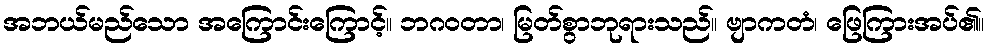
အဘယ်မည်သော အကြောင်းကြောင့်။ ဘဂဝတာ၊ မြတ်စွာဘုရားသည်။ ဗျာကတံ၊ ဖြေကြားအပ်၏။